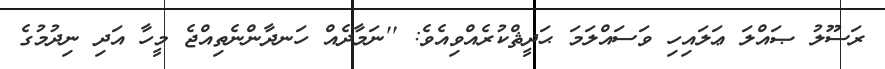
ރަސޫލު ޞައްލަ ޢަލައިހި ވަސައްލަމަ ޙަދީޘްކުރެއްވިއެވެ: ''ނަމާދެއް ހަނދާންނެތިއްޖެ މީހާ އަދި ނިދުމުގެ